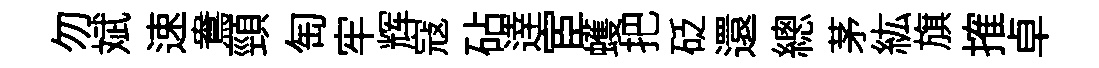
勿斌速鴦頸匋牢辉寇砧逹宦蠖把砭還總茅紘旗搉卓